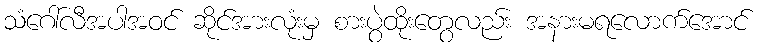
သံဂေါ်လီအပါအဝင် ဆိုင်အားလုံးမှ စားပွဲထိုးတွေလည်း အနားမရလောက်အောင်